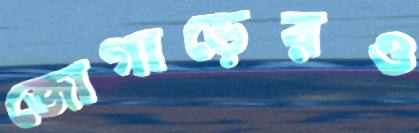
জোগাড়েরও